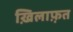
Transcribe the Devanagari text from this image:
ख़िलाफ़़त